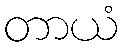
တာယံ